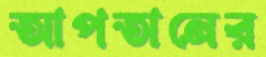
আপতানের